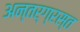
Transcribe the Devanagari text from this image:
अन्‍तर्ग्रस्‍त